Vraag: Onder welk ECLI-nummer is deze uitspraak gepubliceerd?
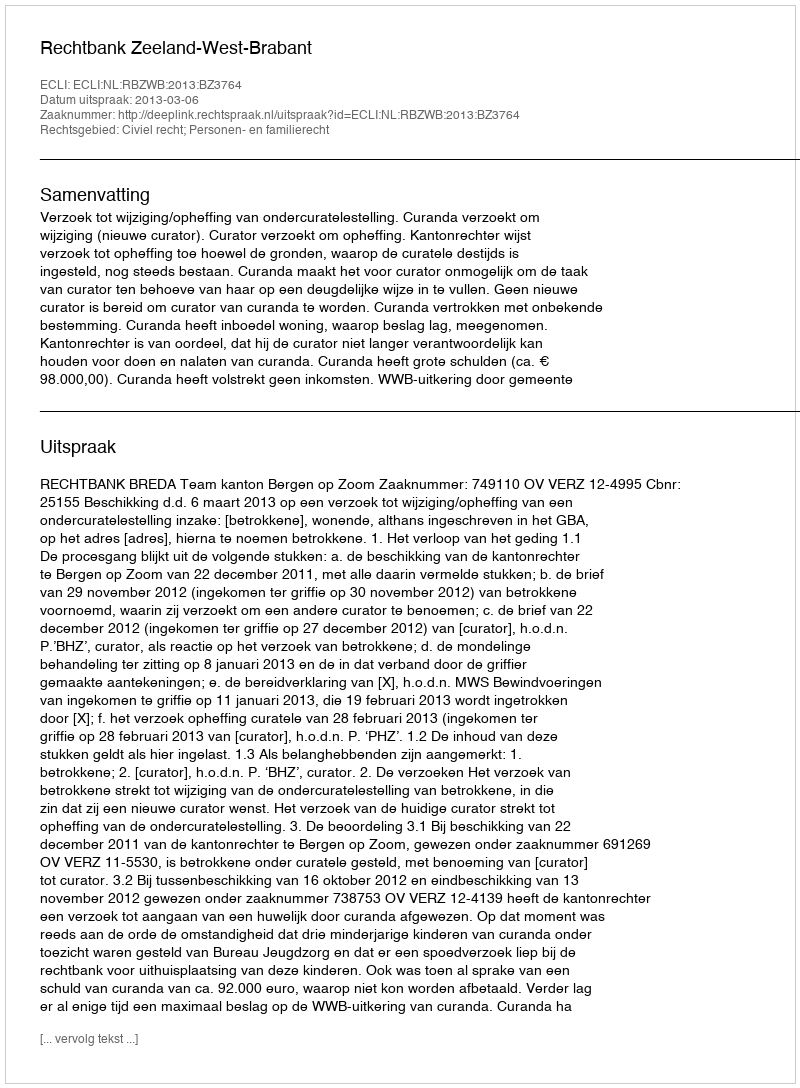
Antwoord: ECLI:NL:RBZWB:2013:BZ3764